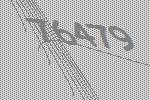
76479